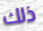
ذلك